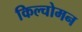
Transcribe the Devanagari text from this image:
किल्चोमन